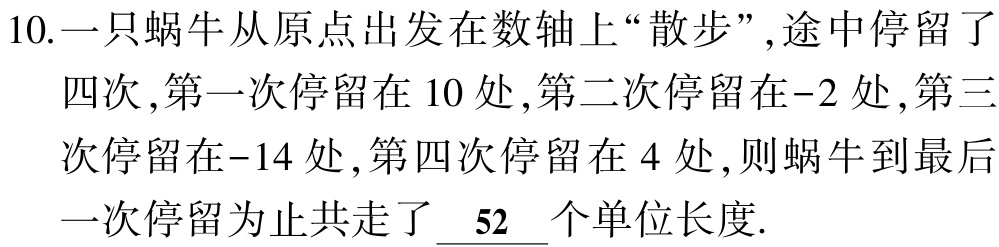
10.一只蜗牛从原点出发在数轴上“散步”,途中停留了四次,第一次停留在 \(10\) 处,第二次停留在\(-2\) 处,第三次停留在\(-14\) 处,第四次停留在 \(4\) 处,则蜗牛到最后一次停留为止共走了 \(\underline{52}\) 个单位长度.